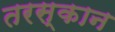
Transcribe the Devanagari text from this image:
तरस्कान